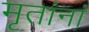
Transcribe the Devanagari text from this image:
मृतांनां